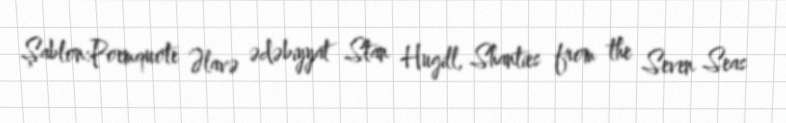
Şablon:Poemquote Əlavə ədəbiyyat Stan Hugill, Shanties from the Seven Seas